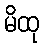
မိထု